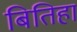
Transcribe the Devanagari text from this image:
बितिहा